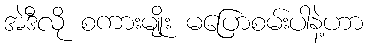
အဲဒီလို စကားမျိုး မပြောစမ်းပါနဲ့ဟာ